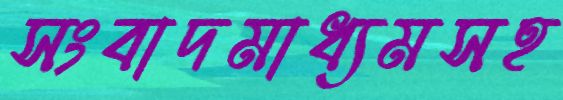
সংবাদমাধ্যমসহ